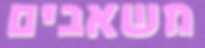
משאבים